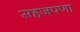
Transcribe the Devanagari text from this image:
सहजपणा